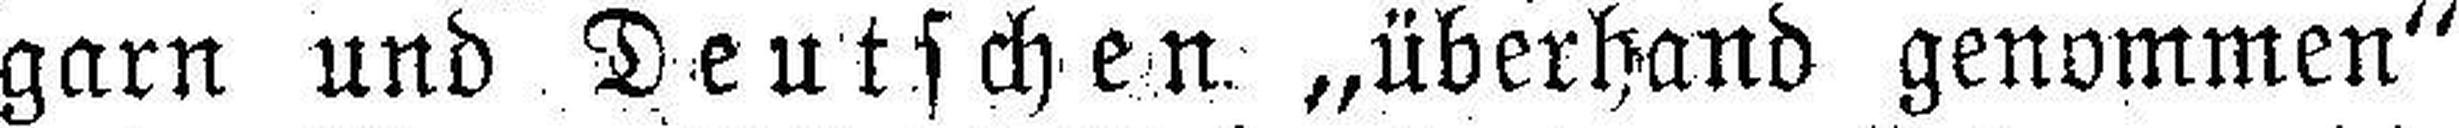
garn und Deutschen „überhand genommen“